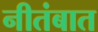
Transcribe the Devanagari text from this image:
नीतंबात